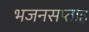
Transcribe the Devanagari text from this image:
भजनसप्ताह